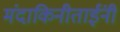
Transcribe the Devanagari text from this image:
मंदाकिनीताईंनी